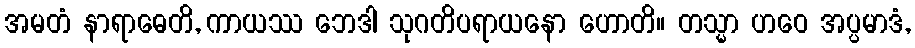
အမတံ နာရာဓေတိ, ကာယဿ ဘေဒါ သုဂတိပရာယနော ဟောတိ။ တသ္မာ ဟဝေ အပ္ပမာဒံ,